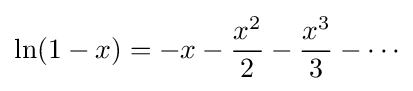
{\begin{aligned}\ln(1-x)=-x-{\frac {x^{2}}{2}}-{\frac {x^{3}}{3}}-\cdots \end{aligned}}